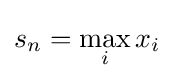
s_{n}=\max _{i}x_{i}